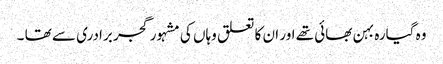
وہ گیارہ بہن بھائی تھے اور ان کا تعلق وہاں کی مشہور گجر برادری سے تھا ۔